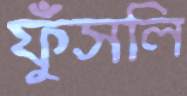
ফুঁসলি